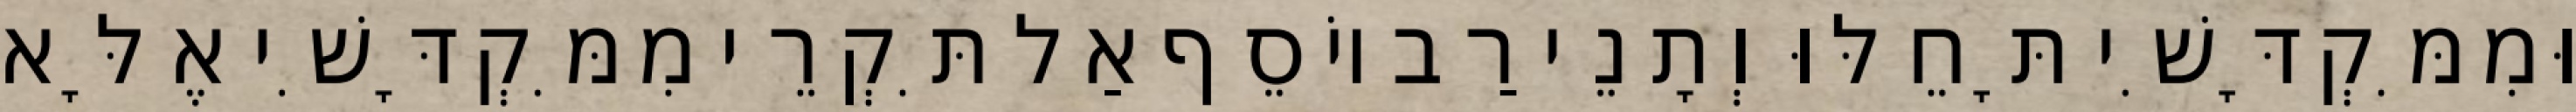
וּמִמִּקְדָּשִׁי תָּחֵלּוּ וְתָנֵי רַב יוֹסֵף אַל תִּקְרֵי מִמִּקְדָּשִׁי אֶלָּא